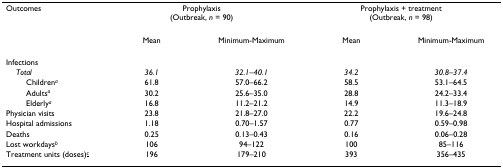
| Outcomes | <COLSPAN=2> Prophylaxis(Outbreak, n = 90) | <COLSPAN=2> Prophylaxis + treatment(Outbreak, n = 98) |
 |  | Mean | Minimum-Maximum | Mean | Minimum-Maximum |
 | --- | --- | --- | --- | --- |
 | Infections |  |  |  |  |
 | Total | 36.1 | 32.1–40.1 | 34.2 | 30.8–37.4 |
 | Childrena | 61.8 | 57.0–66.2 | 58.5 | 53.1–64.5 |
 | Adultsa | 30.2 | 25.6–35.0 | 28.8 | 24.2–33.4 |
 | Elderlya | 16.8 | 11.2–21.2 | 14.9 | 11.3–18.9 |
 | Physician visits | 23.8 | 21.8–27.0 | 22.2 | 19.6–24.8 |
 | Hospital admissions | 1.18 | 0.70–1.57 | 0.77 | 0.59–0.98 |
 | Deaths | 0.25 | 0.13–0.43 | 0.16 | 0.06–0.28 |
 | Lost workdaysb | 106 | 94–122 | 100 | 85–116 |
 | Treatment units (doses)<underline>c</underline> | 196 | 179–210 | 393 | 356–435 |